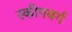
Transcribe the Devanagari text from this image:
स्कीनबर्ग